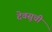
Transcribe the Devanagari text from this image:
देवसूची